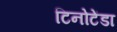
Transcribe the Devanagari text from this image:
टिनोटेंडा